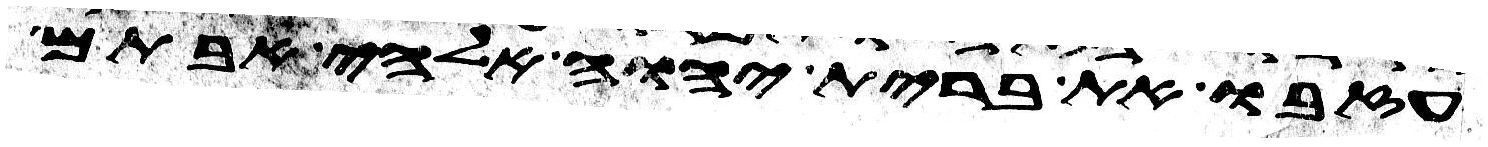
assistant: עזבו את ברית יהוה אלהי אבותם